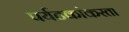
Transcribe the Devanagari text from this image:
पर्यटकांकरता